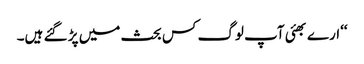
‘‘ارے بھئی آپ لوگ کس بحث میں پڑ گئے ہیں۔